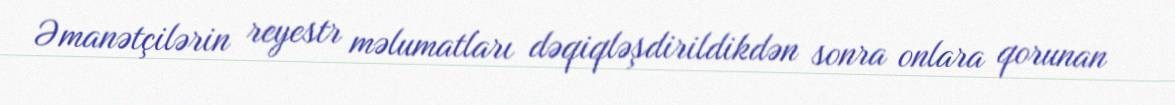
Əmanətçilərin reyestr məlumatları dəqiqləşdirildikdən sonra onlara qorunan